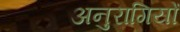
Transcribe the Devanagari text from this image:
अनुरागियों